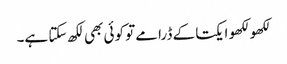
لکھو لکھو ایکتا کے ڈرامے تو کوئی بھی لکھ سکتا ہے۔